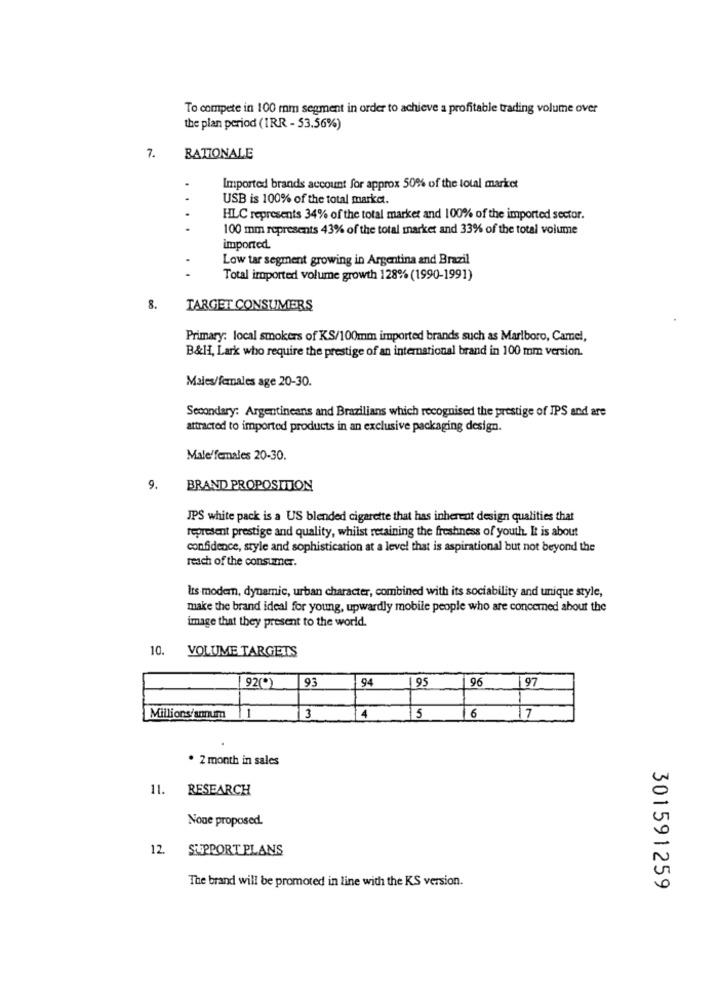
To compete in 100 mm segment in order to achieve a profitable trading volume over
the pian period (IRR - 53.56%)
7.
RATIONALE
Imported brands account for approx 50% of the total market
. .
USB is 100% of the total market.
HLC represents 34% of the total market and 100% of the imported sector.
100 mm represents 43% of the total market and 33% of the total volume
imported.
Low tar segment growing in Argentina and Brazil
Total imported volume growth 128% (1990-1991)
8.
TARGET CONSUMERS
Primary: local smokers of KS/100mm imported brands such as Marlboro, Camel,
B&II, Lark who require the prestige of an international brand in 100 mm version.
Males/females age 20-30.
Secondary: Argentineans and Brazilians which recognised the prestige of IPS and are
attracted to imported products in an exclusive packaging design.
Male'females 20-30.
9.
BRAND PROPOSITION
JPS white pack is a US blended cigarette that has inherent design qualities that
represent prestige and quality, whilst retaining the freshness of youth. It is about
confidence, style and sophistication at a level that is aspirational but not beyond the
reach of the consumer.
Its modern, dynamic, urban character, combined with its sociability and unique style,
make the brand ideal for young, upwardly mobile people who are concerned about the
image that they present to the world.
10.
VOLUME TARGETS
93
94
195
96
[ 92(*)
97
Millions/anum 11
3
4
15
16
17
. 2 month in sales
11. RESEARCH
None proposed.
12
SUPPORT PLANS
The brand will be promoted in line with the KS version.
301591259